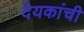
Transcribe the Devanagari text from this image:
देयकांची